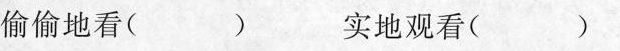
偷偷地看( ) 实地观看( )